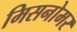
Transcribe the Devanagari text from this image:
मिसनोमर